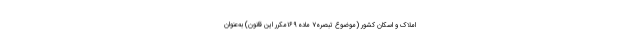
املاک و اسکان کشور (موضوع تبصره۷ ماده ۱۶۹مکرر این قانون) به‌عنوان